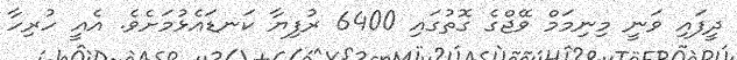
ދީފައި ވަނީ މިނިމަމް ވޭޖްގެ ގޮތުގައި 6400 ރުފިޔާ ކަނޑައެޅުމަށެވެ. އެއީ ހުރިހާ